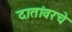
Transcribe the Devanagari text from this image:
दातांवरचे